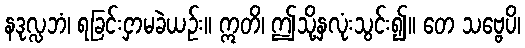
နဒုလ္လဘံ၊ ရခြင်းငှာမခဲယဉ်း။ ဣတိ၊ ဤသို့နှလုံးသွင်း၍။ တေ သဗ္ဗေပိ၊